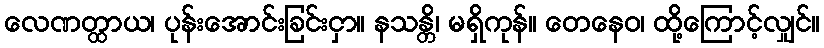
လေဏတ္ထာယ၊ ပုန်းအောင်းခြင်းငှာ။ နသန္တိ၊ မရှိကုန်။ တေနေဝ၊ ထို့ကြောင့်လျှင်။